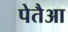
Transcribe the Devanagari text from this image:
पेतैआ